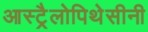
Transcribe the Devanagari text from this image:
आस्ट्रैलोपिथेसीनी